Scottish Leaving Certificate Examination, 1956
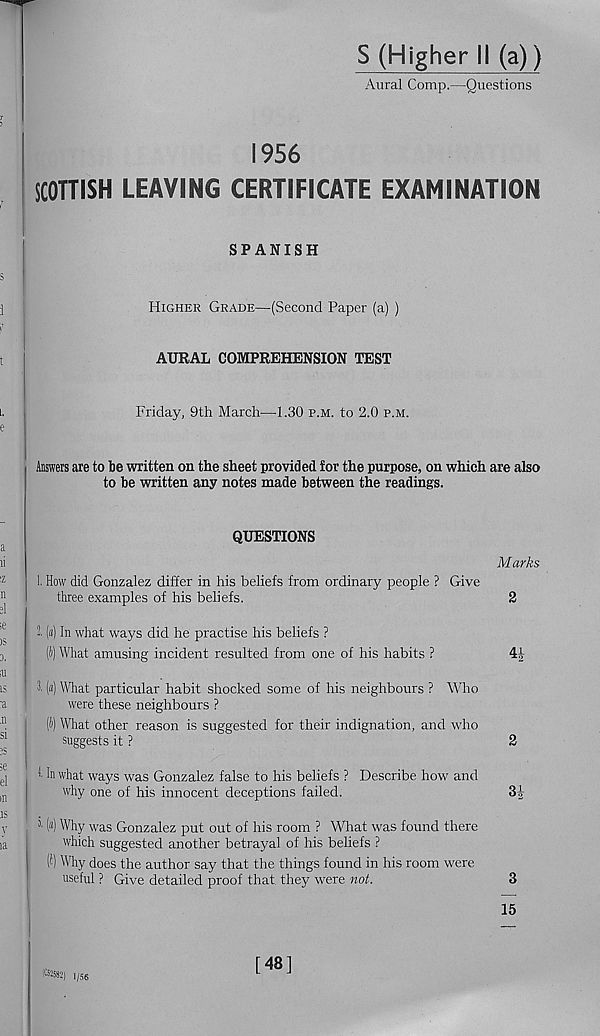
S (Higher II (a))
Aural Comp.—Questions
1956
SCOTTISH LEAVING CERTIFICATE EXAMINATION
SPANISH
Higher Grade—(Second Paper (a) )
AURAL COMPREHENSION TEST
Friday, 9th March—1.30 p.m. to 2.0 p.m.
Answers are to be written on the sheet provided lor the purpose, on which are also
to be written any notes made between the readings.
QUESTIONS
Marks
1. How did Gonzalez differ in his beliefs from ordinary people ? Give
three examples of his beliefs.
2
2. («) In what ways did he practise his beliefs ?
(i) What amusing incident resulted from one of his habits ?
4|
2. («) What particular habit shocked some of his neighbours ? Who
were these neighbours ?
(ii) What other reason is suggested for their indignation, and who
suggests it ?
2
1 In what ways was Gonzalez false to his beliefs ? Describe how and
why one of his innocent deceptions failed.
3|
l («) Why was Gonzalez put out of his room ? What was found there
which suggested another betrayal of his beliefs ?
(I) Why does the author say that the things found in his room were
useful ? Give detailed proof that they were not.
3
15
feS’) 1,56
[48]